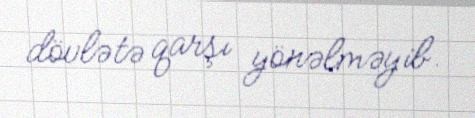
dövlətə qarşı yönəlməyib.